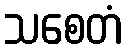
သစေတံ